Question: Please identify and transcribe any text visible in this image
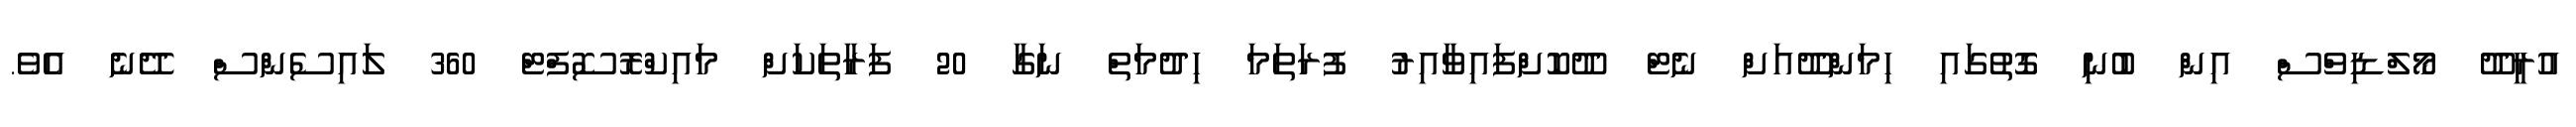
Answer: އުރީދޫ މޯލްޑިވްސް އިން ބުނި ގޮތުގައި ހިމަންދޫއަށް ނެޓް ދޫކޮށްފައިވާއިރު ފުރަތަމަ ހިދުމަތް ނަގާ 20 ފަރާތަކަށް މައިކްރޮސޮފްޓް 360 ލައިސެންސް ދޭނެ އެވެ.